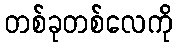
တစ်ခုတစ်လေကို